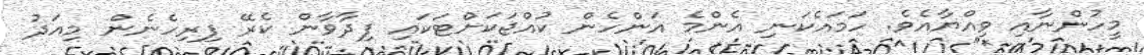
މީހުންނާއި ވިއްޔާއެވެ. ހަމައެކަނި އެންމެ އަންހެން ކުއްޖަކަށްޓަކައި ފިދާވާން ކެރޭ ފިރިހެނެން މިއަދު